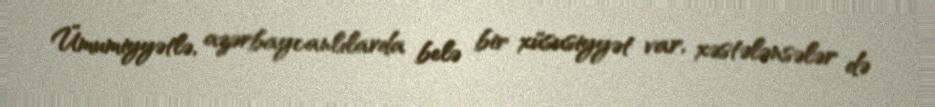
Ümumiyyətlə, azərbaycanlılarda belə bir xüsusiyyət var, xəstələnsələr də